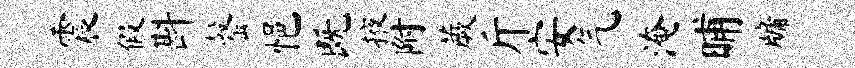
震假斟罄悒既掖附蕨斤安气淹晡牖